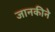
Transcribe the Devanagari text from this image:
जानकीने